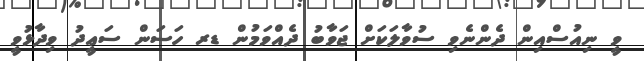
ވީ ނިއުސްއިން ދެންނެވި ސުވާލަކަށް ޖަވާބު ދެއްވަމުން ޑރ ހަސަން ސަޢީދު ވިދާޅުވީ